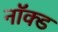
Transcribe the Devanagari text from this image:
नॉक्ड